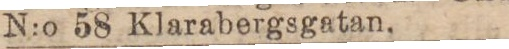
N:o 58 Klarabergsgatan.